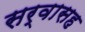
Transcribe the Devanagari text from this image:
सर्वासह